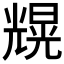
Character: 𠒼